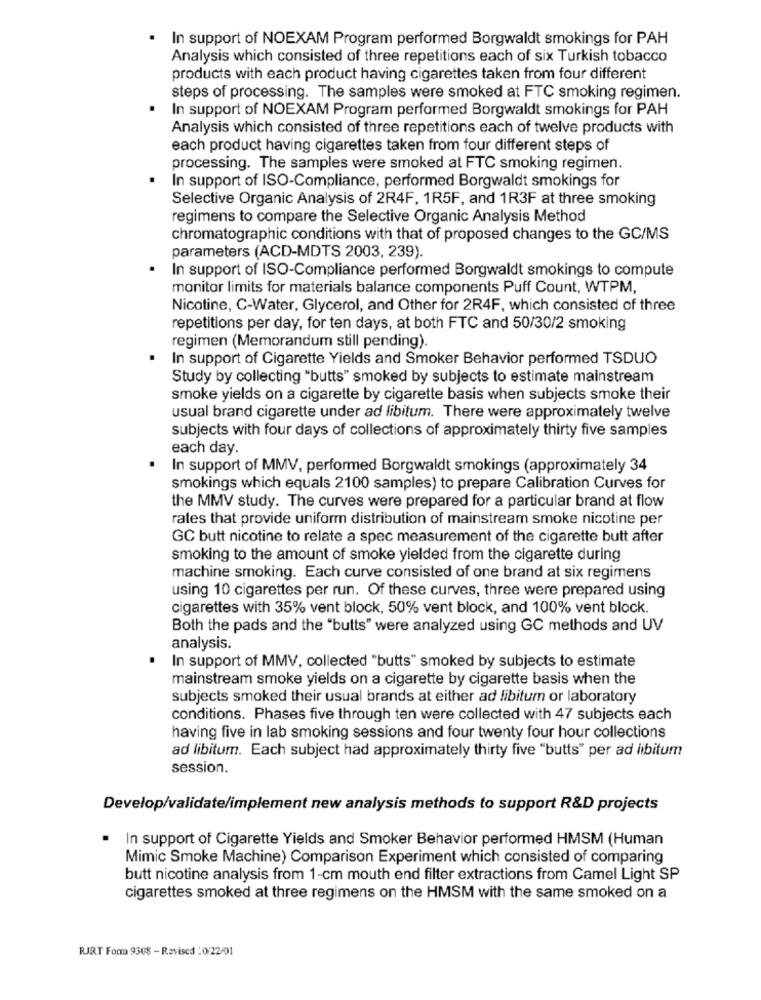
. In support of NOEXAM Program performed Borgwaldt smokings for PAH
Analysis which consisted of three repetitions each of six Turkish tobacco
products with each product having cigarettes taken from four different
steps of processing. The samples were smoked at FTC smoking regimen.
In support of NOEXAM Program performed Borgwaldt smokings for PAH
Analysis which consisted of three repetitions each of twelve products with
each product having cigarettes taken from four different steps of
processing. The samples were smoked at FTC smoking regimen.
In support of ISO-Compliance, performed Borgwaldt smokings for
Selective Organic Analysis of 2R4F, 1R5F, and 1R3F at three smoking
regimens to compare the Selective Organic Analysis Method
chromatographic conditions with that of proposed changes to the GC/MS
parameters (ACD-MDTS 2003, 239).
In support of ISO-Compliance performed Borgwaldt smokings to compute
monitor limits for materials balance components Puff Count, WTPM,
Nicotine, C-Water, Glycerol, and Other for 2R4F, which consisted of three
repetitions per day, for ten days, at both FTC and 50/30/2 smoking
regimen (Memorandum still pending).
In support of Cigarette Yields and Smoker Behavior performed TSDUO
Study by collecting "butts" smoked by subjects to estimate mainstream
smoke yields on a cigarette by cigarette basis when subjects smoke their
usual brand cigarette under ad libitum. There were approximately twelve
subjects with four days of collections of approximately thirty five samples
each day.
In support of MMV, performed Borgwaldt smokings (approximately 34
smokings which equals 2100 samples) to prepare Calibration Curves for
the MMV study. The curves were prepared for a particular brand at flow
rates that provide uniform distribution of mainstream smoke nicotine per
GC butt nicotine to relate a spec measurement of the cigarette butt after
smoking to the amount of smoke yielded from the cigarette during
machine smoking. Each curve consisted of one brand at six regimens
using 10 cigarettes per run. Of these curves, three were prepared using
cigarettes with 35% vent block, 50% vent block, and 100% vent block.
Both the pads and the "butts" were analyzed using GC methods and UV
analysis.
In support of MMV, collected "butts" smoked by subjects to estimate
mainstream smoke yields on a cigarette by cigarette basis when the
subjects smoked their usual brands at either ad libitum or laboratory
conditions. Phases five through ten were collected with 47 subjects each
having five in lab smoking sessions and four twenty four hour collections
ad libitum. Each subject had approximately thirty five "butts" per ad libitum
session.
Develop/validate/implement new analysis methods to support R&D projects
· In support of Cigarette Yields and Smoker Behavior performed HMSM (Human
Mimic Smoke Machine) Comparison Experiment which consisted of comparing
butt nicotine analysis from 1-cm mouth end filter extractions from Camel Light SP
cigarettes smoked at three regimens on the HMSM with the same smoked on a
RJRT Forma 9308 - Revised : 0/22/01